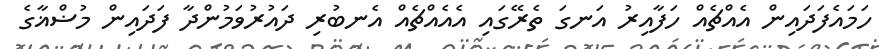
ހަމައެފަދައިން އެއްޗެއް ހަފާއިރު އަނގަ ތެރޭގައި އެއެއްޗެއް އެނބުރި ދައުރުވަމުންދާ ފަދައިން މުޟްޣާގެ